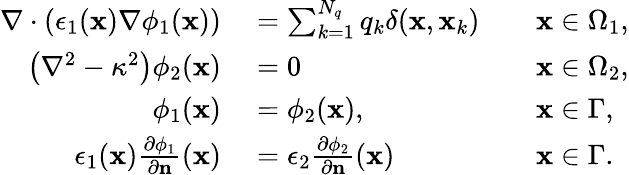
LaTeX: \begin{array}{rlrl}{\nabla\cdot\left(\epsilon_{1}(\mathbf{x})\nabla\phi_{1}(\mathbf{x})\right)}&{{}=\sum_{k=1}^{N_{q}}q_{k}\delta(\mathbf{x},\mathbf{x}_{k})}&{}&{{}\mathbf{x}\in\Omega_{1},}\\ {\left(\nabla^{2}-\kappa^{2}\right)\phi_{2}(\mathbf{x})}&{{}=0}&{}&{{}\mathbf{x}\in\Omega_{2},}\\ {\phi_{1}(\mathbf{x})}&{{}=\phi_{2}(\mathbf{x}),}&{}&{{}\mathbf{x}\in\Gamma,}\\ {\epsilon_{1}(\mathbf{x})\frac{\partial\phi_{1}}{\partial\mathbf{n}}(\mathbf{x})}&{{}=\epsilon_{2}\frac{\partial\phi_{2}}{\partial\mathbf{n}}(\mathbf{x})}&{}&{{}\mathbf{x}\in\Gamma.}\end{array}